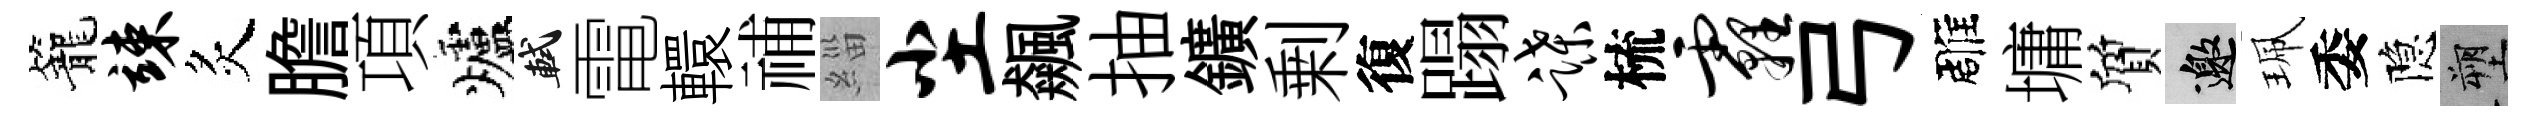
籠竦炙膽項爐軾電轘𥙷緇尘飆抽鑛剰復蹋蹀梳霾弓雕墉質邀珮委隐塑